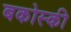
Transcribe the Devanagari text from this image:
बकोस्की